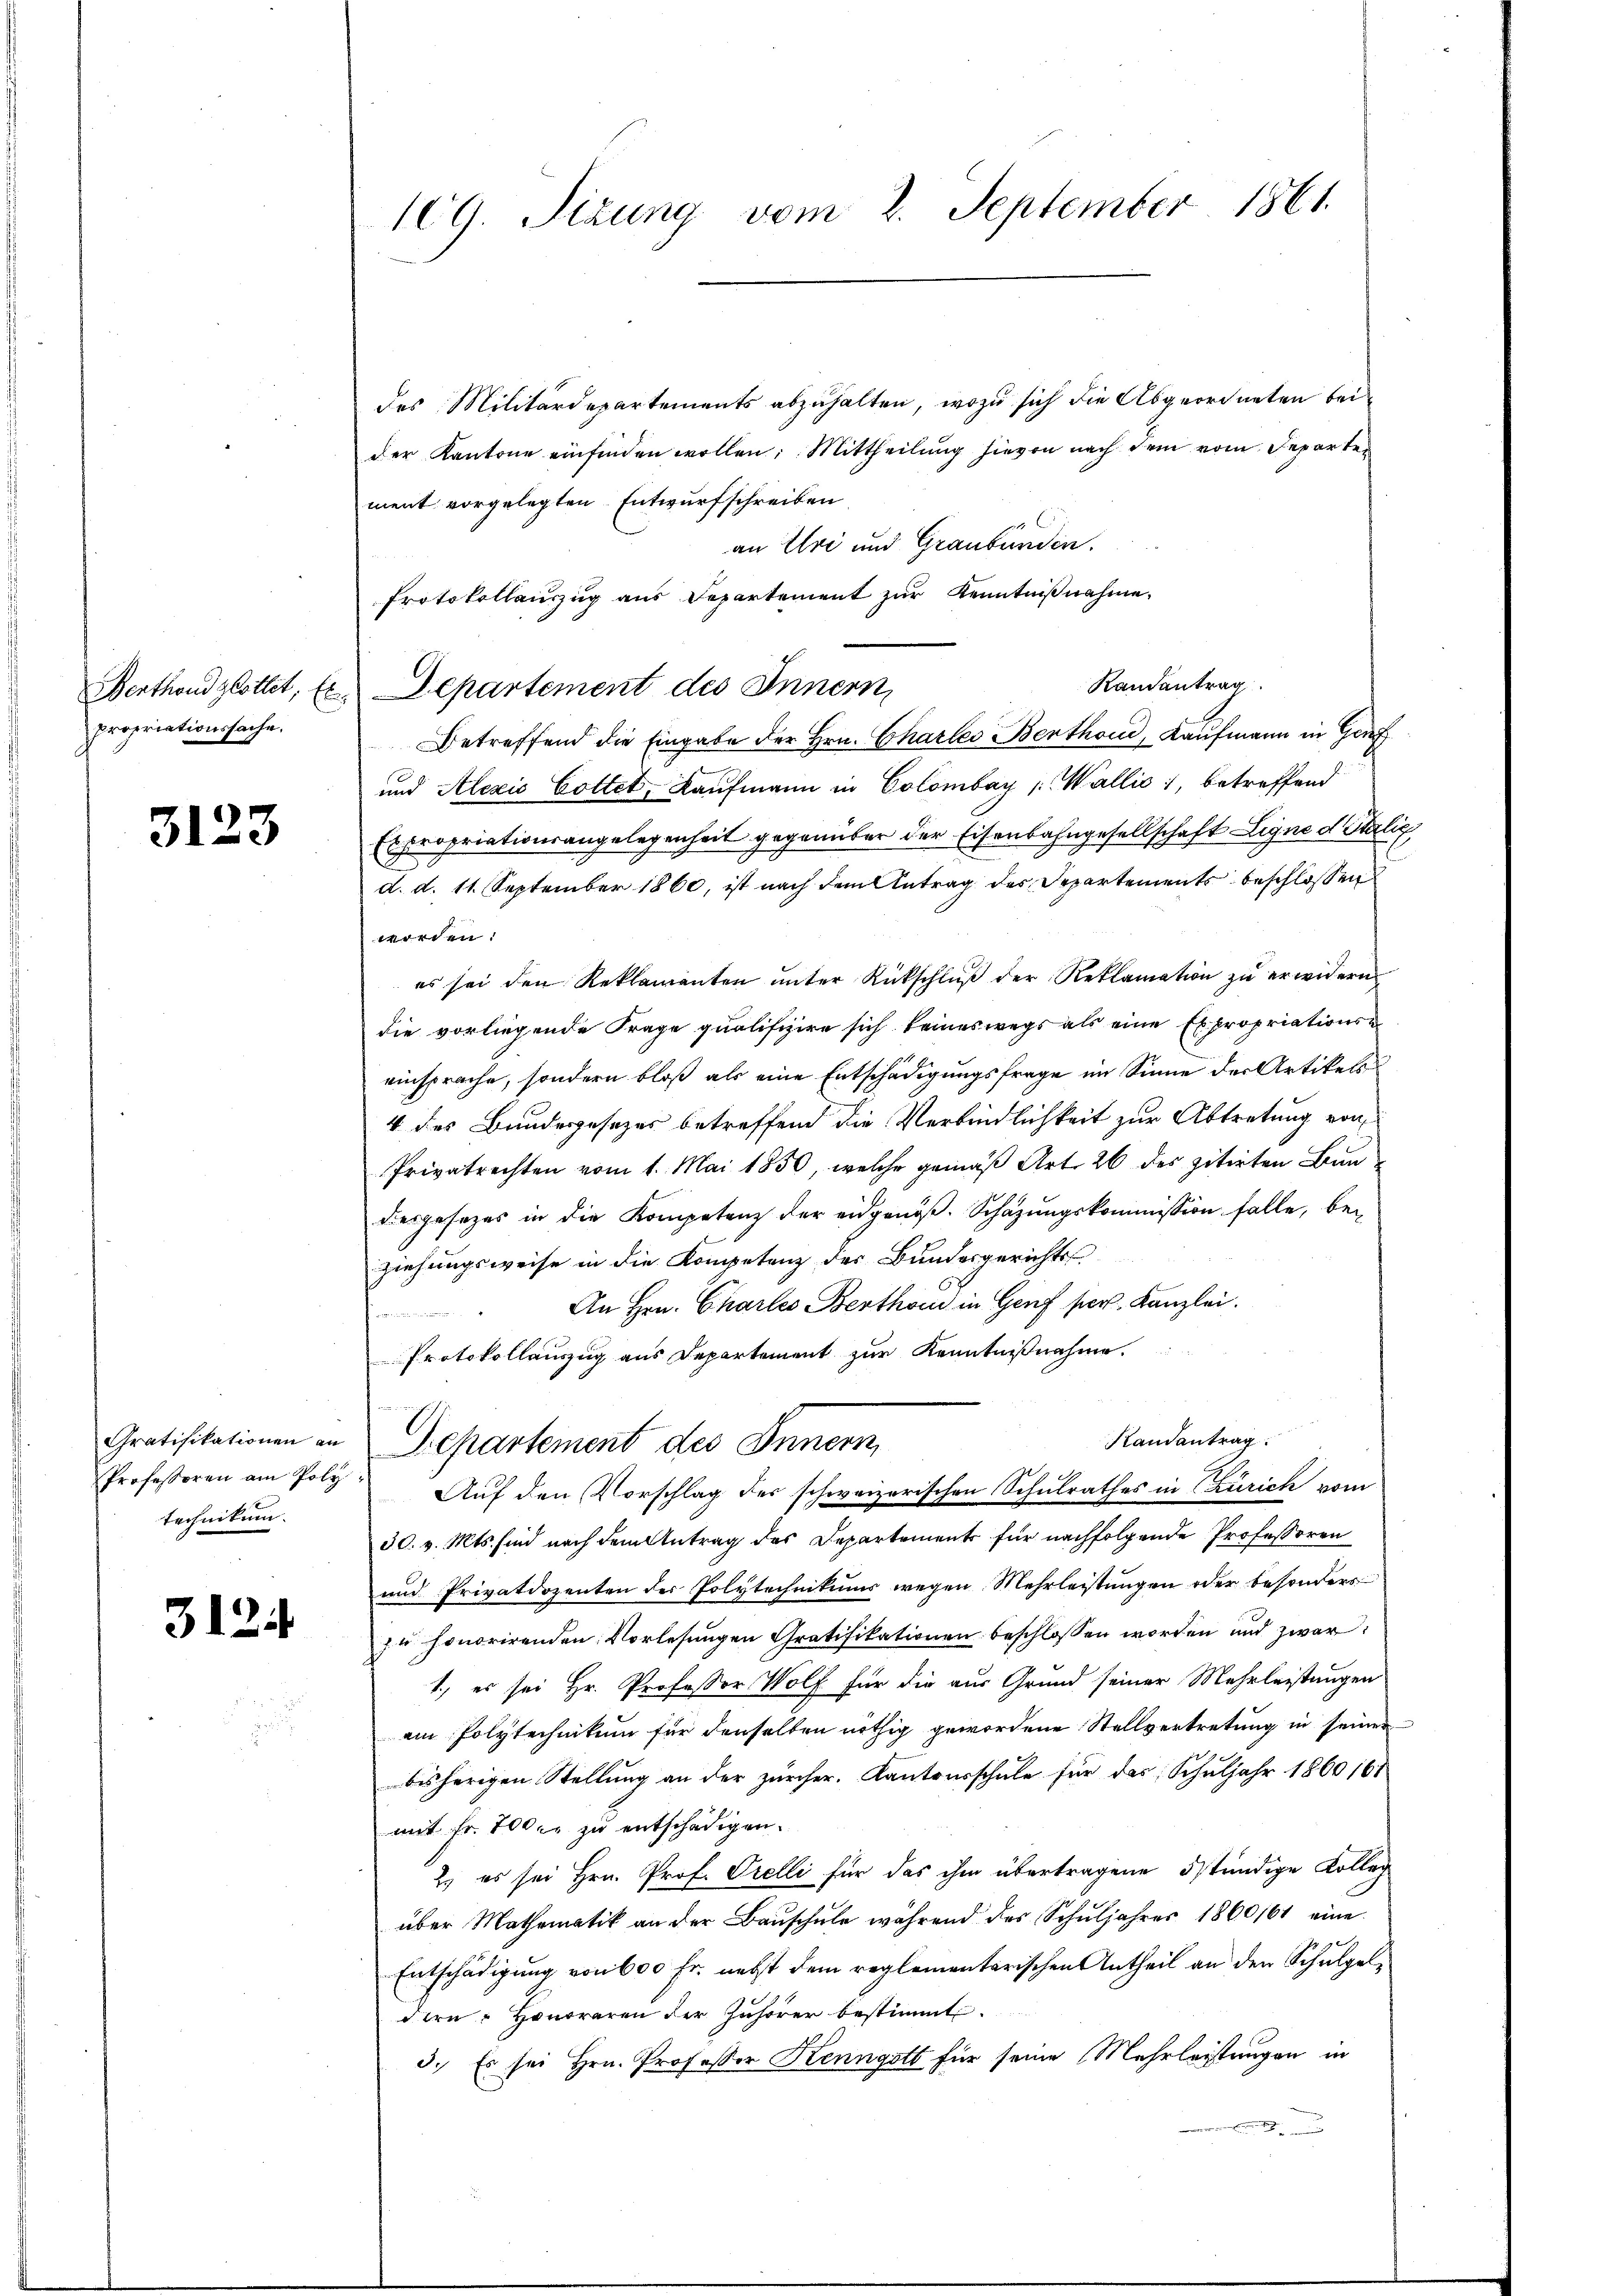
propriationssache.

3123

technikum.

3124

109. Sizung vom 2. September 1861.

Berthondgottet, Er Departement des Innern,

des Militärdepartements abzuhalten, wozu sich die Abgeordneten beider Kantone einfinden wollen: Mittheilung hievon nach dem vom Departen
ment vorgelegten Entwurfschreiben
an Uri und Graubünden.
Protokollauszug aus Departement zur Kenntnißnahme.
Betreffend die Eingabe der Hrn. Charler Benthon, Kaufmann in Genf
und Alexio Cottet, Kaufmann in Colombay Wallis, betreffend
Expropriationsangelegenheit gegenüber der Eisenbahngesellschaft Ligne d italig
5
d. d. 11. September 1860, ist nach dem Antrag des Departements beschlossen
worden:
es sei den Reklamanten unter Rückschlŭβ der Reklamation zu erwidern
die vorliegende Frage qualifizire sich keineswegs als eine Expropriationse
eisprache, sondern bloß als eine Entschädigungsfrage im Sinne der Artikels
4 des Bundesgesetzes betreffend die Verbindlichkeit zur Abtretung von
Privatrechten vom 1. Mai 1850, welche gemäß Art. 26 des zitirten Baudesgesezes in die Kompetenz der eidgenöβ. Schäzŭngskommission falle, beziehungsweise in die Kompetenz des Bundesgerichts¬
An Hrn. Charles Berthom in Genf per. Kanzlei.
Protokollauszug aus Departement zur Kenntnißnahme.
Randantrag.
Gratifikationen an Departement des Innern,
Professoren am Poly. Aŭf den Vorschlag des schweizerischen Schulrathes in Zürich vom
30. v. Mts. sind nach dem Antrag des Departements für nachfolgende Professoren
und Privatdozenten der Polytechnikums wegen Mehrleistungen oder besonders
u honorirenden Vorlesungen Gratifikationen beschlossen worden und zwar
1., es sei Hr. Professor Wolf für die aus Grund seiner Mehrleistungen
ain Polytechnikum für denselben nöthig gewordene Stellvertretung in seiner
bisherigen Stellung an der zürcher. Kantonsschule für das Schuljahr 1860 161
mit Fr. 700 er zu entschädigen.
2. es sei Hrn. Prof. Orelli für das ihm übertragene Stündige Kolleg
über Mathematik an der Baŭschŭle während des Schŭljahres 1860/61 eine
Entschädigung von 600 Fr. nebst dem reglementarischen Antheil an den Schulgeldern Honoraren der Zuhörer bestimmt.
d. Es sei Hrn. Professor Kenngott für seine Mehrleistungen in

Randantrag